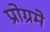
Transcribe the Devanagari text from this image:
प्रोग्रमे